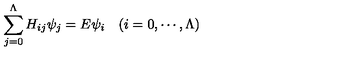
\sum _ { j = 0 } ^ { \Lambda } H _ { i j } \psi _ { j } = E \psi _ { i } \quad ( i = 0 , \cdots , \Lambda )